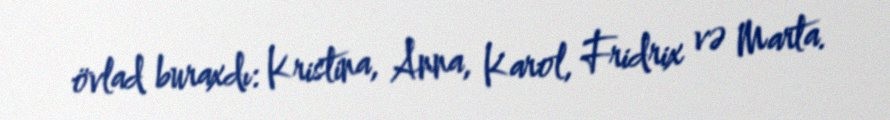
övlad buraxdı: Kristina, Anna, Karol, Fridrix və Marta.